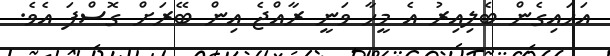
އަހައިގެން ބެލިއިރު އެ މީހާ ވަނީ ރާއްޖެ އިން ބޭރަށް ގޮސްފަ އެވެ.